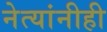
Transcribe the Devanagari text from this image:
नेत्यांनीही